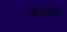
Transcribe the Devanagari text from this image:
सँभालेंगे।